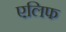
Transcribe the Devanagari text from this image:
एलिफ